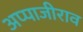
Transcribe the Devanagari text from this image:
अप्पाजीराव